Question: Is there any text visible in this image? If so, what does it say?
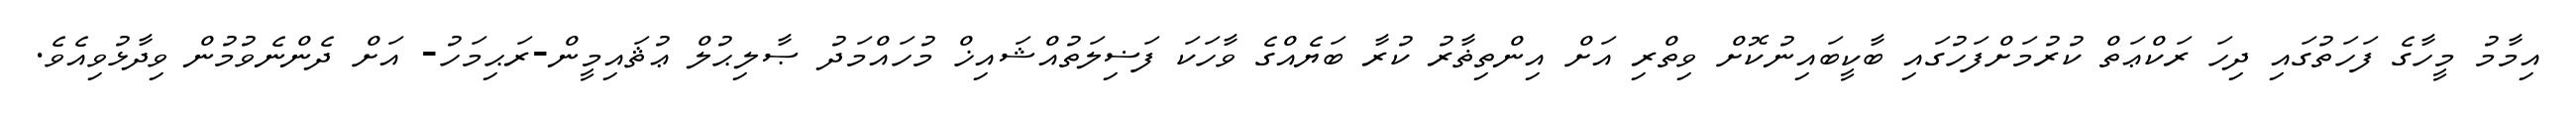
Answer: އިމާމު މީހާގެ ފަހަތުގައި ދިހަ ރަކްޢަތް ކުރުމަށްފަހުގައި ބާކީބައިނުކޮށް ވިތްރި އަށް އިންތިޡާރު ކުރާ ބަޔެއްގެ ވާހަކަ ފަޟިލަތުއްޝައިޚް މުހައްމަދު ޞާލިޙުލް ޢުޘައިމީން-ރަޙިމަހު- އަށް ދެންނެވުމުން ވިދާޅުވިއެވެ.